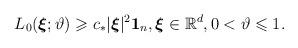
LaTeX: \begin{align*}L_0(\boldsymbol{\xi};\vartheta )\geqslant {c}_* \vert \boldsymbol{\xi}\vert ^2 \mathbf{1}_n,\boldsymbol{\xi}\in\mathbb{R}^d,0< \vartheta \leqslant 1.\end{align*}